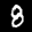
Label: 8